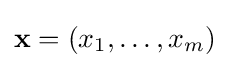
\mathbf {x} =(x_{1},\dots ,x_{m})